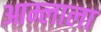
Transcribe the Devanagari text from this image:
आम्लाला